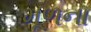
મૂળના